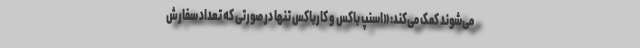
می‌شوند کمک می‌کند: «اسنپ باکس و کارباکس تنها در صورتی که تعداد سفارش